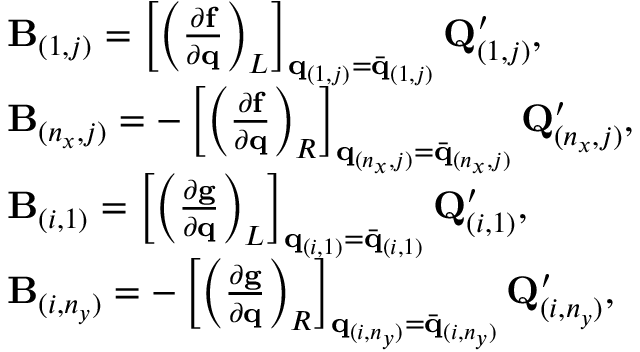
\begin{array} { r l } & { \mathbf { B } _ { ( 1 , j ) } = \left[ \left( \frac { \partial \mathbf { f } } { \partial \mathbf { q } } \right) _ { L } \right] _ { \mathbf { q } _ { ( 1 , j ) } = \Bar { \mathbf { q } } _ { ( 1 , j ) } } \mathbf { Q } _ { ( 1 , j ) } ^ { \prime } , } \\ & { \mathbf { B } _ { ( n _ { x } , j ) } = - \left[ \left( \frac { \partial \mathbf { f } } { \partial \mathbf { q } } \right) _ { R } \right] _ { \mathbf { q } _ { ( n _ { x } , j ) } = \Bar { \mathbf { q } } _ { ( n _ { x } , j ) } } \mathbf { Q } _ { ( n _ { x } , j ) } ^ { \prime } , } \\ & { \mathbf { B } _ { ( i , 1 ) } = \left[ \left( \frac { \partial \mathbf { g } } { \partial \mathbf { q } } \right) _ { L } \right] _ { \mathbf { q } _ { ( i , 1 ) } = \Bar { \mathbf { q } } _ { ( i , 1 ) } } \mathbf { Q } _ { ( i , 1 ) } ^ { \prime } , } \\ & { \mathbf { B } _ { ( i , n _ { y } ) } = - \left[ \left( \frac { \partial \mathbf { g } } { \partial \mathbf { q } } \right) _ { R } \right] _ { \mathbf { q } _ { ( i , n _ { y } ) } = \Bar { \mathbf { q } } _ { ( i , n _ { y } ) } } \mathbf { Q } _ { ( i , n _ { y } ) } ^ { \prime } , } \end{array}